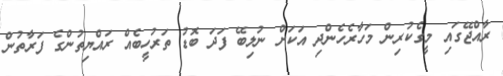
ރާއްޖޭގައި މީގެކުރިން މަހާރެހެންދި އަކަށް ނުލިބޭ ފަދަ ބޮޑު ތަރުހީބެއް ރައްޔިތުންގެ ފަރާތުން